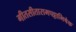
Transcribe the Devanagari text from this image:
गीतसीतारामपट्टाभिषेक